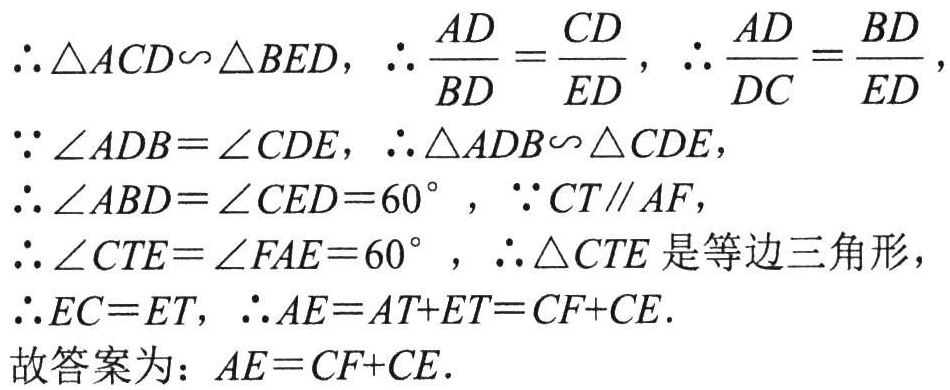
\(\therefore \triangle ACD\backsim\triangle BED\)，\(\therefore \frac{AD}{BD}=\frac{CD}{ED}\)，\(\therefore \frac{AD}{DC}=\frac{BD}{ED}\)，
\(\because \angle ADB = \angle CDE\)，\(\therefore \triangle ADB\backsim\triangle CDE\)，
\(\therefore \angle ABD = \angle CED = 60^{\circ}\)，\(\because CT\parallel AF\)，
\(\therefore \angle CTE = \angle FAE = 60^{\circ}\)，\(\therefore \triangle CTE\)是等边三角形，
\(\therefore EC = ET\)，\(\therefore AE = AT + ET = CF + CE\).
故答案为：\(AE = CF + CE\).